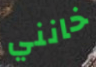
خانني